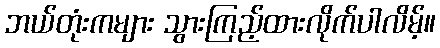
ဘယ်တုံးကများ သွားကြည့်ထားလိုက်ပါလိမ့်။